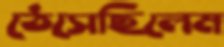
ঠেসেছিলেম